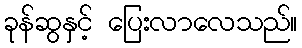
ခုန်ဆွနှင့် ပြေးလာလေသည်။